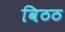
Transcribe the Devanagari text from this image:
विठठ